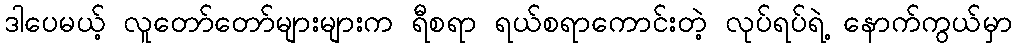
ဒါပေမယ့် လူတော်တော်များများက ရီစရာ ရယ်စရာကောင်းတဲ့ လုပ်ရပ်ရဲ့ နောက်ကွယ်မှာ